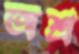
অশ্র